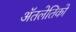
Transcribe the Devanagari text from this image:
ॲतलेतिको